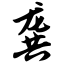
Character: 龚